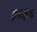
ફદફદ